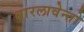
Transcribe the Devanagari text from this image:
बारलावेन्तो